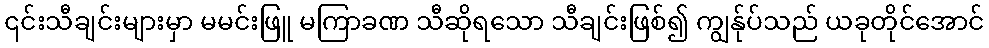
၎င်းသီချင်းများမှာ မမင်းဖြူ မကြာခဏ သီဆိုရသော သီချင်းဖြစ်၍ ကျွန်ုပ်သည် ယခုတိုင်အောင်